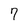
Character: 7